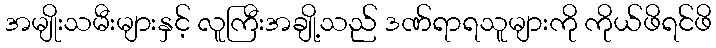
အမျိုးသမီးများနှင့် လူကြီးအချို့သည် ဒဏ်ရာရသူများကို ကိုယ်ဖိရင်ဖိ